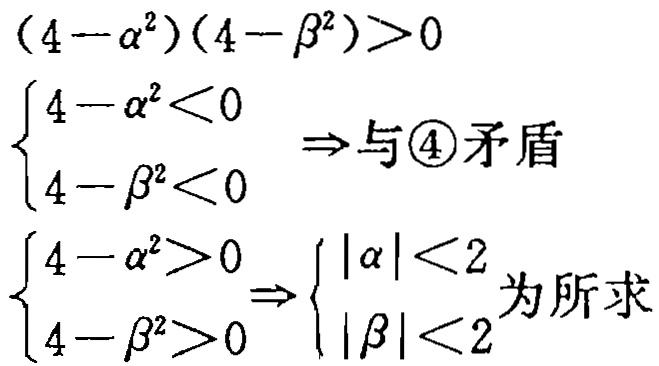
\((4 - \alpha^{2})(4 - \beta^{2})>0\)
\(\begin{cases}
4 - \alpha^{2}<0 \\
4 - \beta^{2}<0
\end{cases}\Rightarrow 与\textcircled{4}矛盾\)
\(\begin{cases}
4 - \alpha^{2}>0 \\
4 - \beta^{2}>0
\end{cases}\Rightarrow\begin{cases}
|\alpha|<2 \\
|\beta|<2
\end{cases}为所求\)